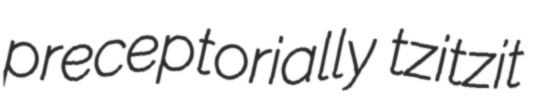
preceptorially tzitzit